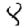
Digit: 8